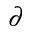
\partial